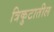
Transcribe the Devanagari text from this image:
त्रिकुटातील